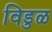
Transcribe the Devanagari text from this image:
विडुळ